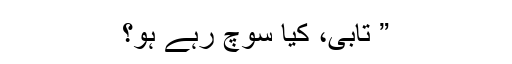
” تابی، کیا سوچ رہے ہو؟